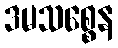
ဒမသစ္စေန